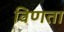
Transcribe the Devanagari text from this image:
विणता